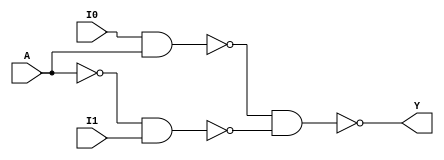
module Mux_2_1(I0, I1, A, Y);
	input I0, I1, A;
	output Y;
	wire I0A, AN, ANI1;
	nand (I0A, I0, A);
	nand (AN, A, A);
	nand (ANI1, AN, I1);
	nand (Y, I0A, ANI1);
endmodule